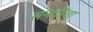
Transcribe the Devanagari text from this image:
सनदींचा